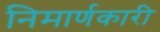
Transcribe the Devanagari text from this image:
निमार्णकारी